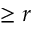
\geq r